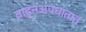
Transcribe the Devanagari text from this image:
वाहनअपघातात